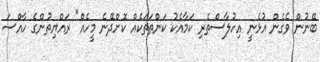
ބޭނުން ވެގެން އުޅެނީ އިހުލާސްތެރި ކަމާއެކު ކަންތަތަކެއް ކޮށްދޭނެ މީހެއް" ރައްޔިތުންގެ ހާއްސަ